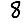
Digit: 8